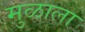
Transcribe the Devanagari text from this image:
मुळाला